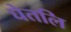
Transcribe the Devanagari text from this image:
घेतलि